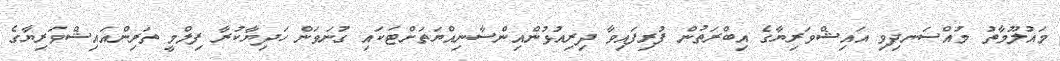
މައުލޫމާތު މުއްސަނދިވި އައިޝްވަރިޔާގެ އިބްރަތުން ފުރިފައިވާ ދިރިއުޅުންއިންސާނިއްޔަތަށްޓަކައި ގުނަވަން ހަދިޔާކުރާ ފިލްމީ ތަރިންއައިޝްވަރިޔާގެ